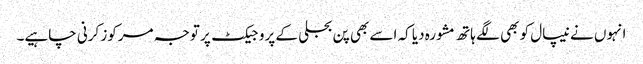
انہوں نے نیپال کو بھی لگے ہاتھ مشورہ دیا کہ اسے بھی پن بجلی کے پروجیکٹ پر توجہ مرکوز کرنی چاہیے۔